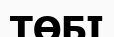
ТӨБІ